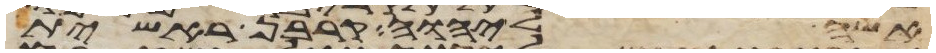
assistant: אשה ליהוה קרבן ראשית